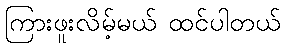
ကြားဖူးလိမ့်မယ် ထင်ပါတယ်